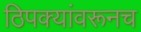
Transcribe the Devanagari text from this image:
ठिपक्यांवरूनच